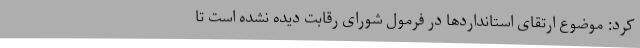
کرد: موضوع ارتقای استانداردها در فرمول شورای رقابت دیده نشده است تا